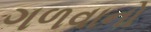
ગળવાનો